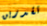
تقدرين